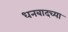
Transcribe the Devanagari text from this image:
धनबादच्या